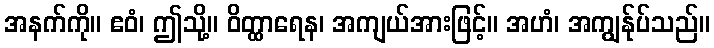
အနက်ကို။ ဧဝံ၊ ဤသို့။ ဝိတ္ထာရေန၊ အကျယ်အားဖြင့်။ အဟံ၊ အကျွန်ုပ်သည်။